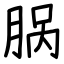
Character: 脶